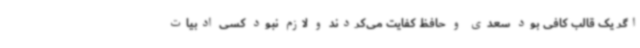
اگر یک قالب کافی بود سعدی و حافظ کفایت می‌کردند و لازم نبود کسی ادبیات